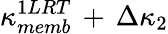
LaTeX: \kappa_{memb}^{1LRT}\, +\, \Delta\kappa_{2}